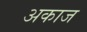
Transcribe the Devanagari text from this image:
अकाज